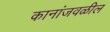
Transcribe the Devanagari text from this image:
कानांजवळील